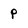
Character: p